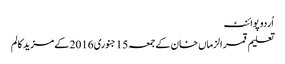
اُردو پوائنٹ
تعلیم قمر الزماں خان کے جمعہ 15 جنوری 2016 کے مزید کالم